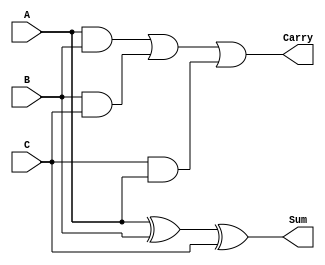
module CarrySaveAdder #(parameter n = 8) (
    input  wire [n-1:0] A,  // First n-bit input
    input  wire [n-1:0] B,  // Second n-bit input
    input  wire [n-1:0] C,  // Third n-bit input
    output wire [n-1:0] Sum, // n-bit Sum output
    output wire [n-1:0] Carry // n-bit Carry output
);

    // Internal wires for the carry bits
    wire [n-1:0] carryAB;  // Carry from A and B
    wire [n-1:0] carryBC;  // Carry from B and C
    wire [n-1:0] carryCA;  // Carry from C and A

    // Compute the Sum using XOR for each bit
    assign Sum = A ^ B ^ C;

    // Compute the intermediate carries
    assign carryAB = A & B; // Carry bits from A and B
    assign carryBC = B & C; // Carry bits from B and C
    assign carryCA = C & A; // Carry bits from C and A

    // Combine the intermediate carries to form the final Carry output
    assign Carry = carryAB | carryBC | carryCA;

endmodule